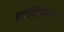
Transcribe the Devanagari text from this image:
मूत्रविरेचनीय